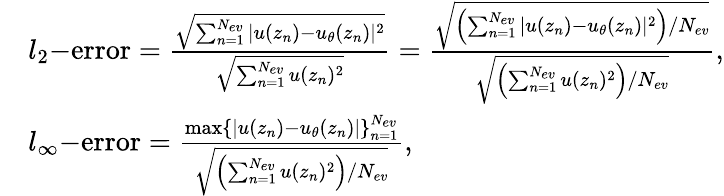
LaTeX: \begin{array}{rl}&{l_{2}\mathrm{-error}=\frac{\sqrt{\sum_{n=1}^{N_{ev}}|u(z_{n})-u_{\theta}(z_{n})|^{2}}}{\sqrt{\sum_{n=1}^{N_{ev}}u(z_{n})^{2}}}=\frac{\sqrt{\left(\sum_{n=1}^{N_{ev}}|u(z_{n})-u_{\theta}(z_{n})|^{2}\right)/N_{ev}}}{\sqrt{\left(\sum_{n=1}^{N_{ev}}u(z_{n})^{2}\right)/N_{ev}}},}\\ &{l_{\infty}\mathrm{-error}=\frac{\operatorname*{max}\{ |u(z_{n})-u_{\theta}(z_{n})|\} _{n=1}^{N_{ev}}}{\sqrt{\left(\sum_{n=1}^{N_{ev}}u(z_{n})^{2}\right)/N_{ev}}},}\end{array}